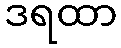
ဒရထာ